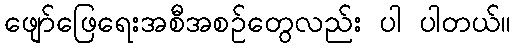
ဖျော်ဖြေရေးအစီအစဉ်တွေလည်း ပါ ပါတယ်။